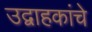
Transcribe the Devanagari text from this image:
उद्वाहकांचे